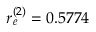
r _ { e } ^ { ( 2 ) } = 0 . 5 7 7 4